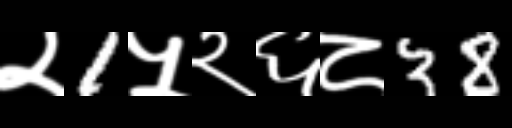
Text: २1५२६८38